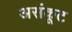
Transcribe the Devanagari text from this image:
असंकूट